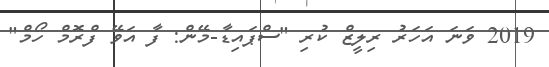
2019 ވަނަ އަހަރު ރިލީޒް ކުރި "ސްޕައިޑާ-މޭން: ފާ އަވޭ ފްރޮމް ހޯމް"